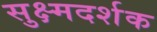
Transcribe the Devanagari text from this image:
सुक्ष्मदर्शक